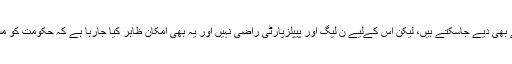
کچھ اطلاعات یہ بھی ہیں کہ پارلیمنٹ سے استعفے بھی دیے جاسکتے ہیں، لیکن اس کےلیے ن لیگ اور پیپلزپارٹی راضی نہیں اور یہ بھی امکان ظاہر کیا جارہا ہے کہ حکومت کو مستعفی ہونے کےلیے کچھ وقت مزید دے دیا جائے۔